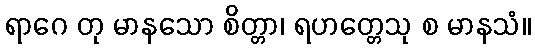
ရာဂေ တု မာနသော စိတ္တာ၊ ရဟတ္တေသု စ မာနသံ။